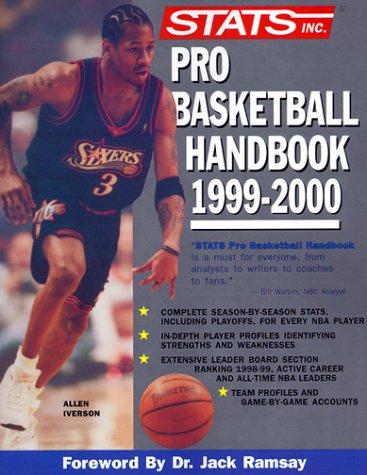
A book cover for Stats Pro Basketball Handbook 1999-2000; Na; Sports & Outdoors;